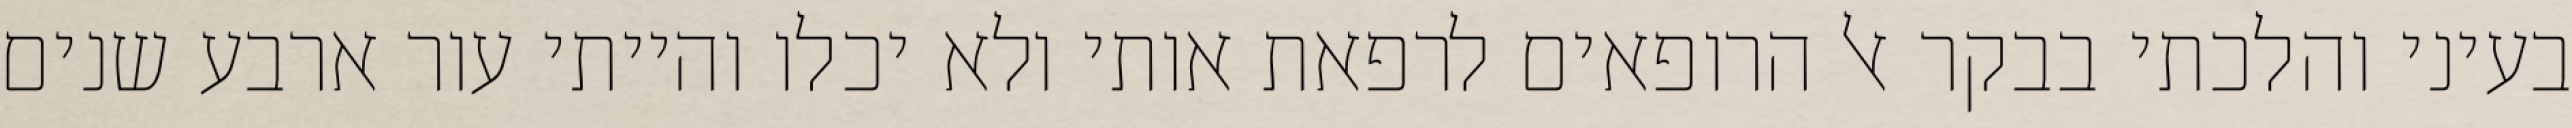
בעיני והלכתי בבקר אל הרופאים לרפאת אותי ולא יכלו והייתי עור ארבע שנים